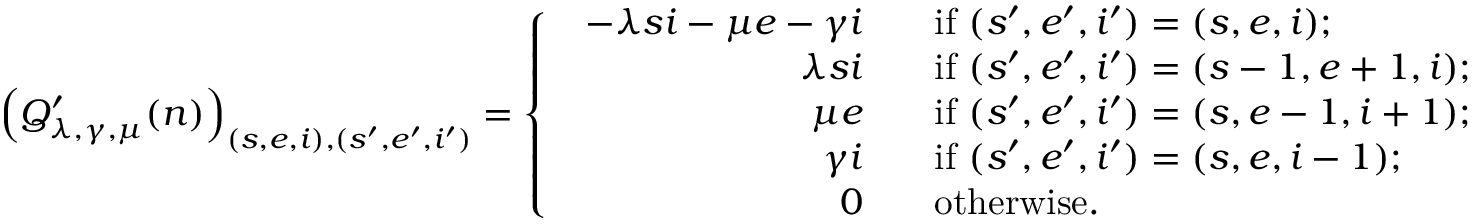
\left( Q _ { \lambda , \gamma , \mu } ^ { \prime } ( n ) \right) _ { ( s , e , i ) , ( s ^ { \prime } , e ^ { \prime } , i ^ { \prime } ) } = \left\{ \begin{array} { l l } { \begin{array} { r l } { - \lambda s i - \mu e - \gamma i \; \; } & { \mathrm { ~ i f ~ } ( s ^ { \prime } , e ^ { \prime } , i ^ { \prime } ) = ( s , e , i ) ; } \\ { \lambda s i \; \; } & { \mathrm { ~ i f ~ } ( s ^ { \prime } , e ^ { \prime } , i ^ { \prime } ) = ( s - 1 , e + 1 , i ) ; } \\ { \mu e \; \; } & { \mathrm { ~ i f ~ } ( s ^ { \prime } , e ^ { \prime } , i ^ { \prime } ) = ( s , e - 1 , i + 1 ) ; } \\ { \gamma i \; \; } & { \mathrm { ~ i f ~ } ( s ^ { \prime } , e ^ { \prime } , i ^ { \prime } ) = ( s , e , i - 1 ) ; } \\ { 0 \; \; } & { \mathrm { ~ o t h e r w i s e . } } \end{array} } \end{array} \right.